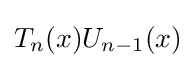
T_{n}(x)U_{n-1}(x)